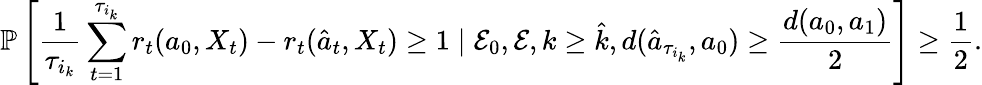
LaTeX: \mathbb{P}\left[\frac{1}{\tau_{i_{k}}}\sum_{t=1}^{\tau_{i_{k}}}r_{t}(a_{0},X_{t})-r_{t}(\hat{a}_{t},X_{t})\geq 1\mid\mathcal{E}_{0},\mathcal{E},k\geq\hat{k},d(\hat{a}_{\tau_{i_{k}}},a_{0})\geq\frac{d(a_{0},a_{1})}{2}\right]\geq\frac{1}{2}.